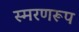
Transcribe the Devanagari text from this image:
स्मरणरूप